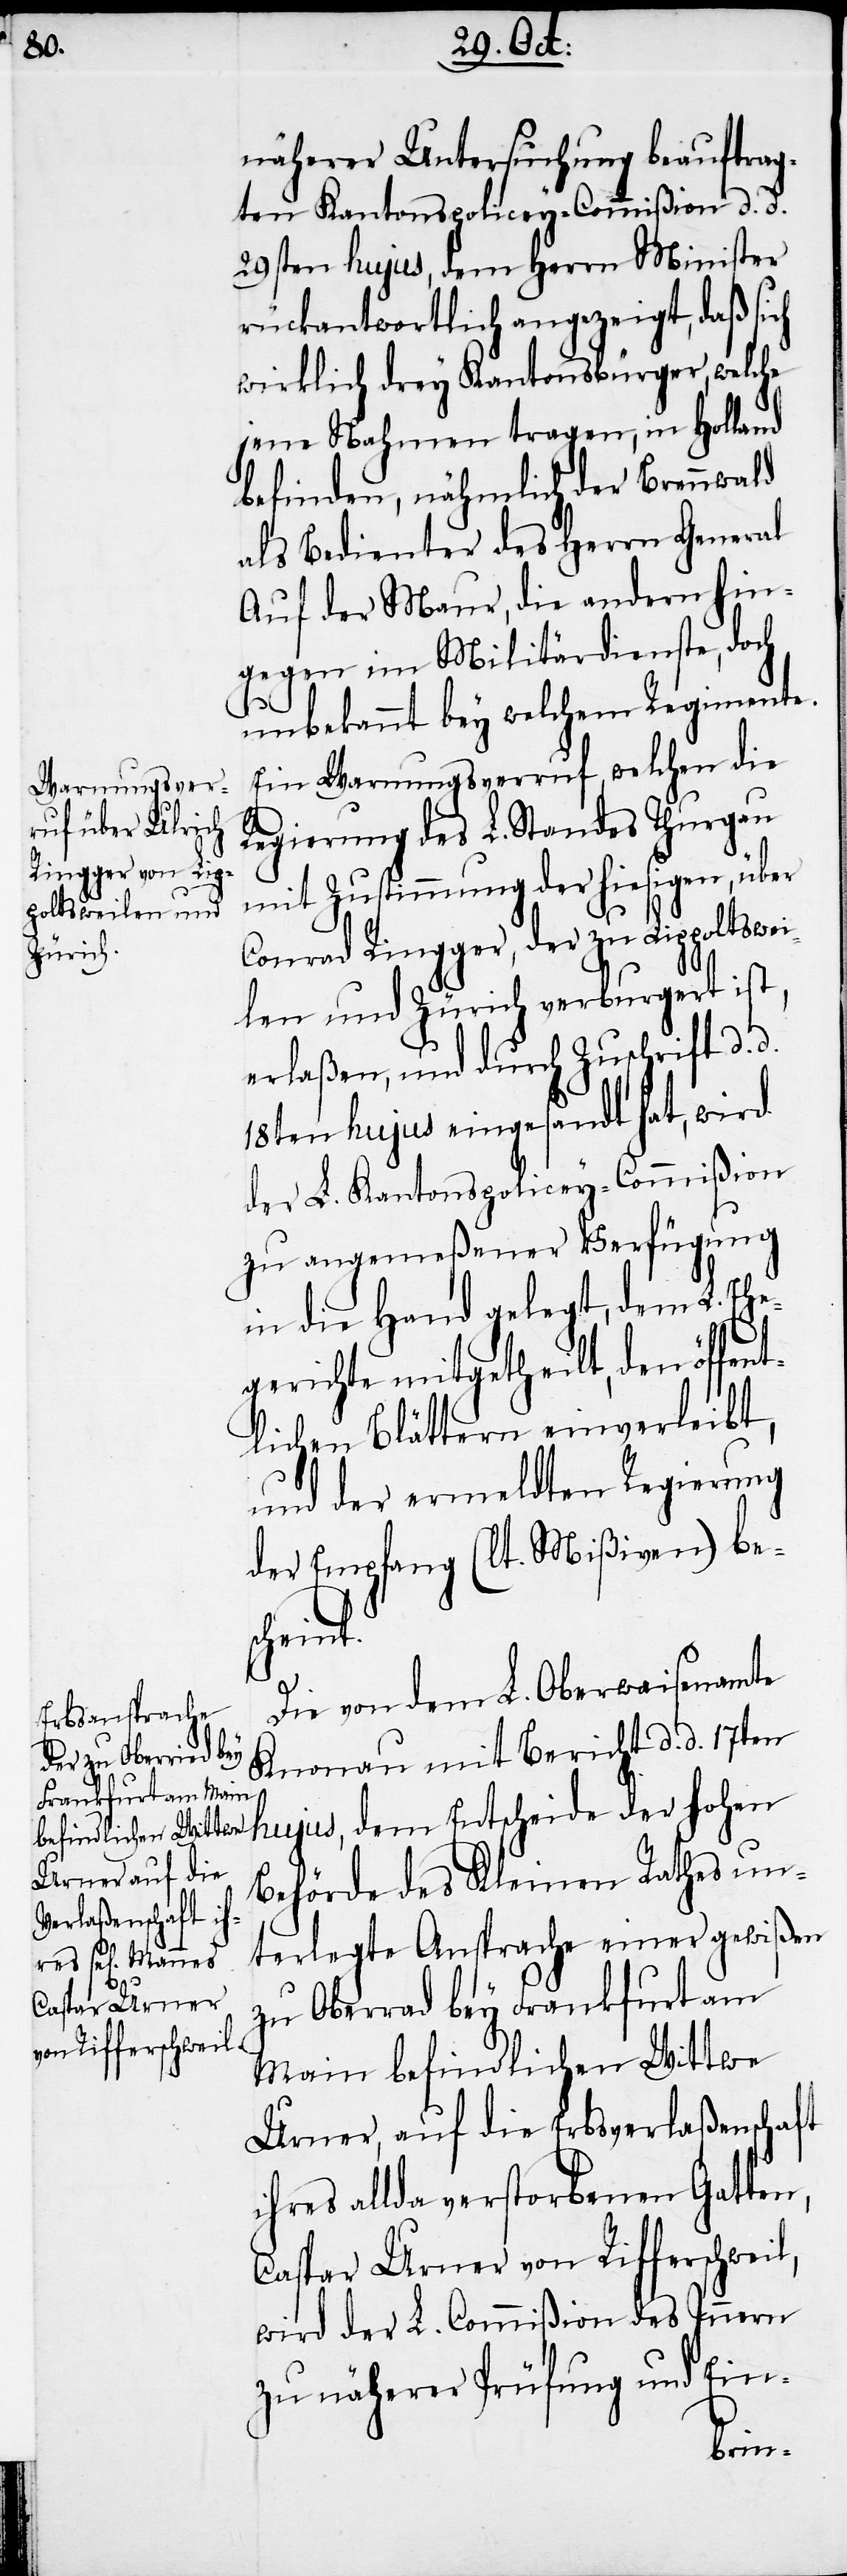
Frankfurt am Main
befindlichen Wittwe

näherer Untersuchung beauftrag¬
ten Kantonspolicey-Commißion d. d.
29sten hujus, dem Herrn Minister
rückantwortlich angezeigt, daß sich
wirklich drey Kantonsbürger, welche
jene Nahmen tragen, in Holland
befinden, nähmlich der Brennwald
als Bedienter des Herrn General
Auf der Maur, die andern hin¬
gegen im Militärdienste, doch
unbekannt bey welchem Regimente.
Ein Warnungsverruf, welchen die
Regierung des L. Standes Thurgau
mit Zustimmung der hiesigen, über
Ringger, der zu Lippoltswei¬
len und Zürich verburgert ist,
erlaßen, und durch Zuschrift d. d.
18ten hujus eingesandt hat, wird
der L. Kantonspolicey-Commißion
zu angemeßener Verfügung
in die Hand gelegt, dem L. Ehe¬
gerichte mitgetheilt, den öffent¬
lichen Blättern einverleibt,
und der ermeldten Regierung
der Empfang (lt. Mißiven) bes¬
cheint.
Die von dem L. Oberwaisenamte
Knonau mit Bericht d. d. 17ten
hujus, dem Entscheide der hohen
Behörde des Kleinen Rathes un¬
terlegte Ansprache einer gewißen
Urner, auf die Erbsverlaßenschaft
ihres allda verstorbenen Gatten,
Caspar Urner von Rifferschweil,
wird der L. Commißion des Innern
zu näherer Prüfung und Ein-